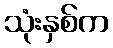
သုံးနှစ်က